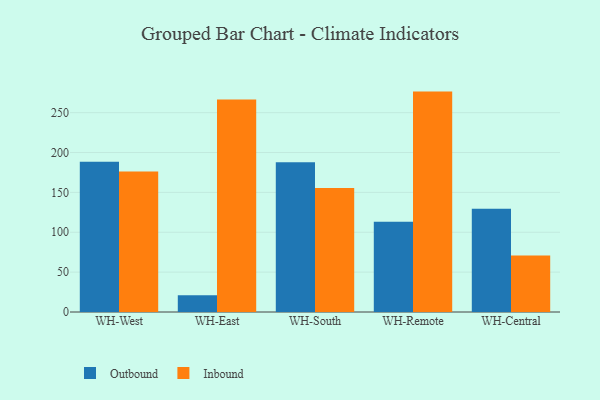
{"axis": {"x": "Warehouse", "y": "Gross Profit (USD K)"}, "legend": ["Inbound", "Outbound"], "data": [{"x": "WH-West", "y": 188.5, "type": "Outbound"}, {"x": "WH-West", "y": 176.1, "type": "Inbound"}, {"x": "WH-East", "y": 21.1, "type": "Outbound"}, {"x": "WH-East", "y": 266.4, "type": "Inbound"}, {"x": "WH-South", "y": 187.9, "type": "Outbound"}, {"x": "WH-South", "y": 155.4, "type": "Inbound"}, {"x": "WH-Remote", "y": 113.2, "type": "Outbound"}, {"x": "WH-Remote", "y": 276.4, "type": "Inbound"}, {"x": "WH-Central", "y": 129.5, "type": "Outbound"}, {"x": "WH-Central", "y": 70.9, "type": "Inbound"}]}